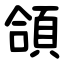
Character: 頜